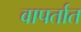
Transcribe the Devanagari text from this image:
वापर्तात